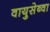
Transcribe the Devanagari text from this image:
वायुसेब्वा